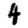
Digit: 4